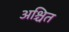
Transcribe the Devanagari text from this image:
अश्चित